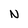
Character: N